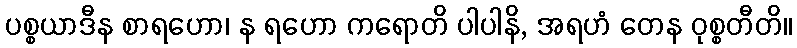
ပစ္စယာဒီန စာရဟော၊ န ရဟော ကရောတိ ပါပါနိ, အရဟံ တေန ဝုစ္စတီတိ။